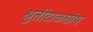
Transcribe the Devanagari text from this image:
श्रुतीटाळघोष